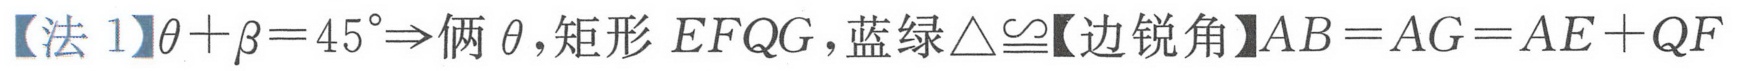
【法 1】\(\theta+\beta = 45^{\circ}\Rightarrow\)俩\(\theta\)，矩形\(EFQG\)，蓝绿\(\triangle\cong\)【边锐角】\(AB = AG = AE + QF\)